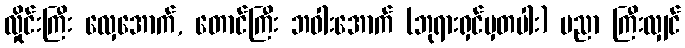
လှိုင်းကြီး လှေအောက်, တောင်ကြီး ဘဝါးအောက် (ဘုရားရှင်မှတပါး) ပညာ ကြီးလျှင်